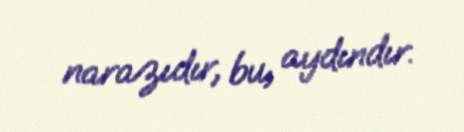
narazıdır, bu, aydındır.